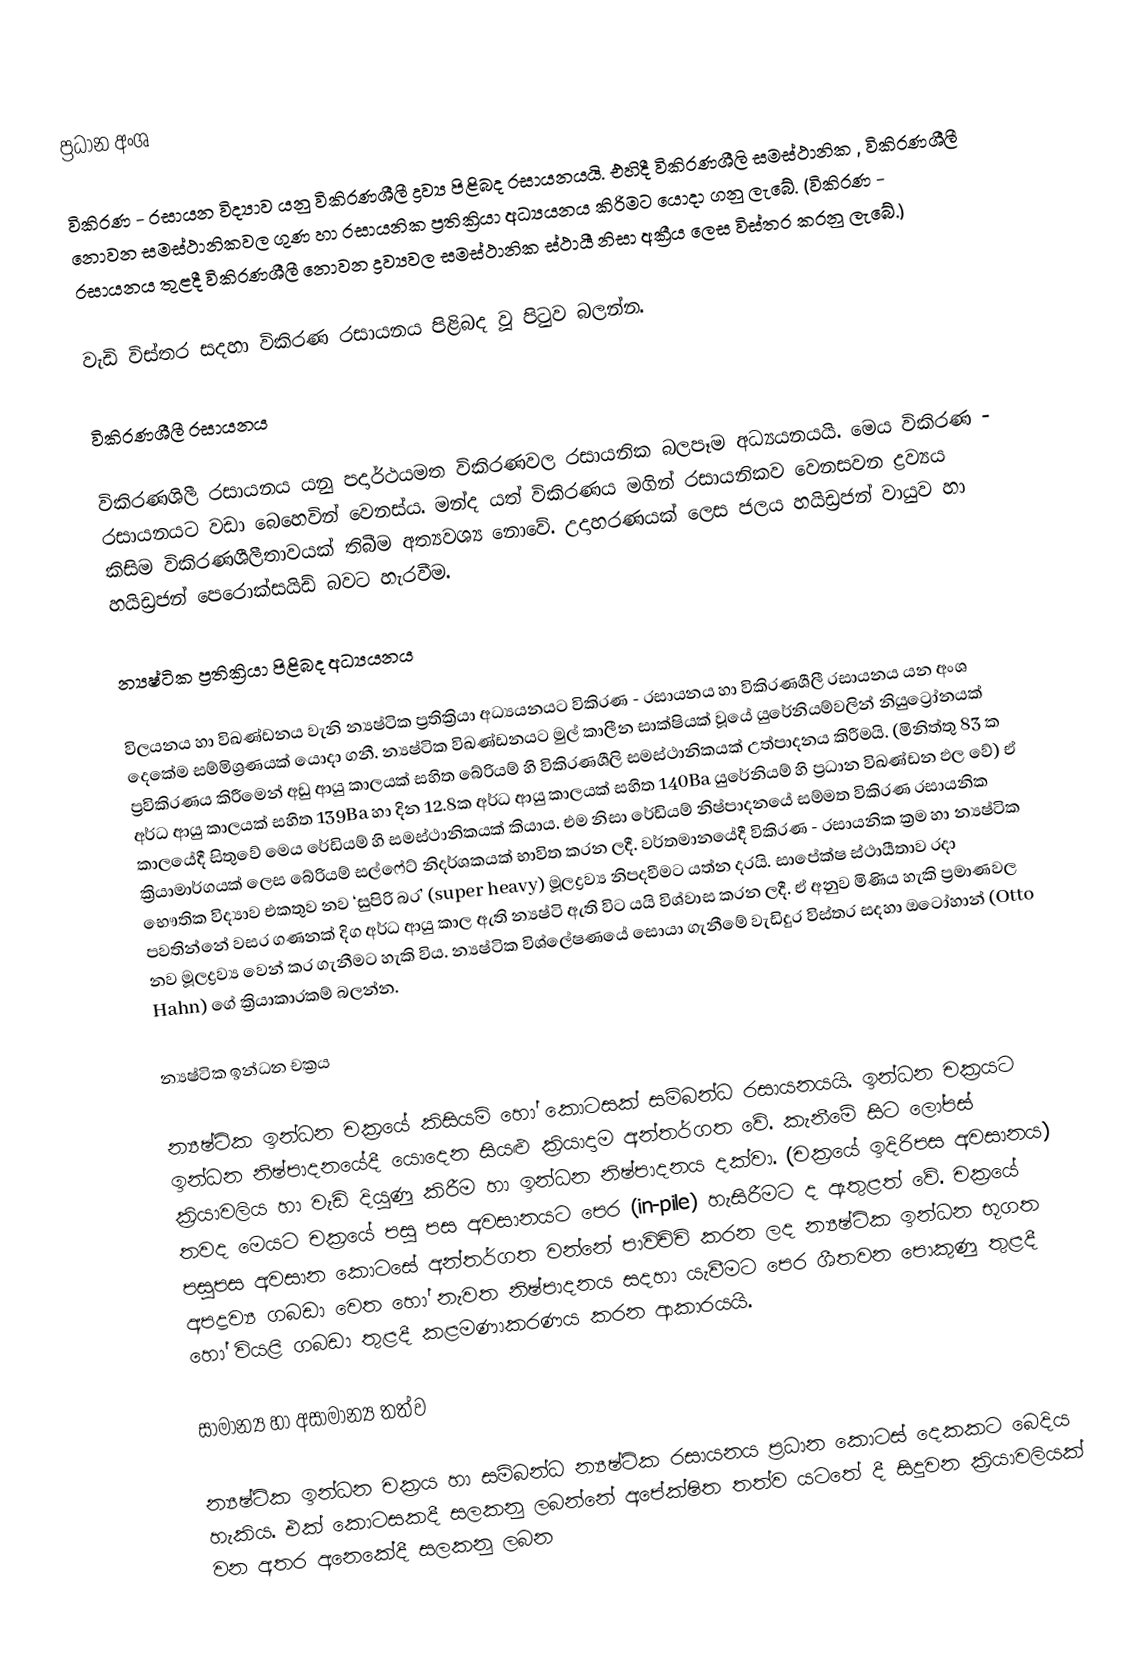
ප්‍රධාන අංශ

විකිරණ - රසායන  විද්‍යාව යනු විකිරණශීලී ද්‍රව්‍ය පිළිබද රසායනයයි. එහිදී විකිරණශීලි සමස්ථානික , විකිරණශීලී නොවන සමස්ථානිකවල ගුණ හා රසායනික ප්‍රතික්‍රියා අධ්‍යයනය කිරිමට යොදා ගනු ලැබේ. (විකිරණ - රසායනය තුළදී විකිරණශීලී නොවන ද්‍රව්‍යවල සමස්ථානික ස්ථායී නිසා අක්‍රීය ලෙස විස්තර කරනු ලැබේ.)

වැඩි විස්තර සදහා විකිරණ රසායනය පිළිබද වූ පිටුව බලන්න.

විකිරණශීලී රසායනය

විකිරණශිලී රසායනය යනු පදාර්ථයමත විකිරණවල රසායනික බලපෑම අධ්‍යයනයයි. මෙය විකිරණ - රසායනයට වඩා බෙහෙවින් වෙනස්ය. මන්ද යත් විකිරණය මගින් රසායනිකව වෙනසවන ද්‍රව්‍යය කිසිම විකිරණශීලීතාවයක් තිබීම අත්‍යවශ්‍ය නොවේ. උදාහරණයක් ලෙස ජලය හයිඩ්‍රජන් වායුව හා හයිඩ්‍රජන් පෙරොක්සයිඩ් බවට හැරවීම.

න්‍යෂ්ටික ප්‍රතික්‍රියා පිළිබද අධ්‍යයනය

විලයනය හා විඛණ්ඩනය වැනි න්‍යෂ්ටික ප්‍රතික්‍රියා අධ්‍යයනයට විකිරණ - රසායනය හා විකිරණශීලී රසායනය යන අංශ දෙකේම සම්මිශ්‍රණයක් යොදා ගනී. න්‍යෂ්ටික විඛණ්ඩනයට මුල් කාලීන සාක්ෂියක් වූයේ යුරේනියම්වලින් නියුට්‍රෝනයක් ප්‍රවිකිරණය කිරීමෙන් අඩු ආයු කාලයක් සහිත බේරියම් හි විකිරණශීලි සමස්ථානිකයක් උත්පාදනය කිරීමයි. (මිනිත්තු 83 ක අර්ධ ආයු කාලයක් සහිත 139Ba  හා දින 12.8ක අර්ධ ආයු කාලයක් සහිත 140Ba  යුරේනියම් හි ප්‍රධාන විඛණ්ඩන ඵල වේ) ඒ කාලයේදී සිතුවේ මෙය රේඩියම් හි සමස්ථානිකයක් කියාය. ‍එම නිසා රේඩියම් නිෂ්පාදනයේ සම්මත විකිරණ රසායනික ක්‍රියාමාර්ගයක් ලෙස බේරියම් සල්ෆේට් නිදර්ශකයක් භාවිත කරන ලදී. වර්තමානයේදී විකිරණ - රසායනික ක්‍රම හා න්‍යෂ්ටික භෞතික විද්‍යාව එකතුව නව ‘සුපිරි බර’ (super heavy)  මූලද්‍රව්‍ය නිපදවීමට  යත්න දරයි. සාපේක්ෂ ස්ථායීතාව රදා පවතින්නේ වසර ගණනක් දිග අර්ධ ආයු කාල ඇති න්‍යෂ්ටි ඇති විට යයි විශ්වාස කරන ලදී. ඒ අනුව මිණිය හැකි ප්‍රමාණවල නව මූලද්‍රව්‍ය වෙන් කර ගැනීමට හැකි විය. න්‍යෂ්ටික විශ්ලේෂණයේ සොයා ගැනීමේ වැඩිදුර විස්තර සදහා ඔටෝහාන් (Otto Hahn)  ගේ ක්‍රියාකාරකම් බලන්න.

න්‍යෂ්ටික ඉන්ධන චක්‍රය

න්‍යෂ්ටික ඉන්ධන චක්‍රයේ කිසියම් හෝ කොටසක් සම්බන්ධ රසායනයයි. ඉන්ධන චක්‍රයට ඉන්ධන නිෂ්පාදනයේදී යොදෙන සියළු ක්‍රියාදාම අන්තර්ගත වේ. කැනීමේ සිට ලෝපස් ක්‍රියාවලිය හා වැඩි දියුණු කිරීම හා ඉන්ධන නිෂ්පාදනය දක්වා. (චක්‍රයේ ඉදිරිපස අවසානය) තවද මෙයට චක්‍රයේ පසු පස අවසානයට පෙර  (in-pile)  හැසිරීමට ද ඇතුළත් වේ. චක්‍රයේ පසුපස අවසාන කොටසේ අන්තර්ගත වන්නේ පාවිච්චි කරන ලද න්‍යෂ්ටික ඉන්ධන භූගත අපද්‍රව්‍ය ගබඩා වෙත හෝ නැවත නිෂ්පාදනය සදහා යැවීමට පෙර ශීතවන පොකුණු තුළදී හෝ වියළි ගබඩා තුළදී කළමණාකරණය කරන ආකාරයයි.

සාමාන්‍ය හා අසාමාන්‍ය තත්ව

න්‍යෂ්ටික ඉන්ධන චක්‍රය හා සම්බන්ධ න්‍යෂ්ටික රසායනය ප්‍රධාන කොටස් දෙකකට බෙදිය හැකිය. එක් කොටසකදී සලකනු ලබන්නේ අපේක්ෂිත තත්ව යටතේ දී සිදුවන ක්‍රියාවලියක් වන අතර අනෙකේදී සලකනු ලබන